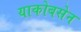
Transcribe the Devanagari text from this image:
याकोबसेन